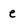
Character: e